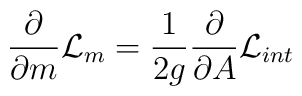
\frac{\partial}{{\partial}m}{\cal{L}}_m = \frac{1}{2g}\frac{\partial}{\partial A}{\cal{L}}_{int}